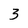
Character: 3